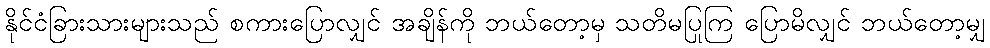
နိုင်ငံခြားသားများသည် စကားပြောလျှင် အချိန်ကို ဘယ်တော့မှ သတိမပြုကြ ပြောမိလျှင် ဘယ်တော့မျှ